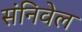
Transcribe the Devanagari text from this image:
संनिवेल